Civil Veterinary Department. Madras. Admin. report 1926-33 - 1926-1933
Year: 1926
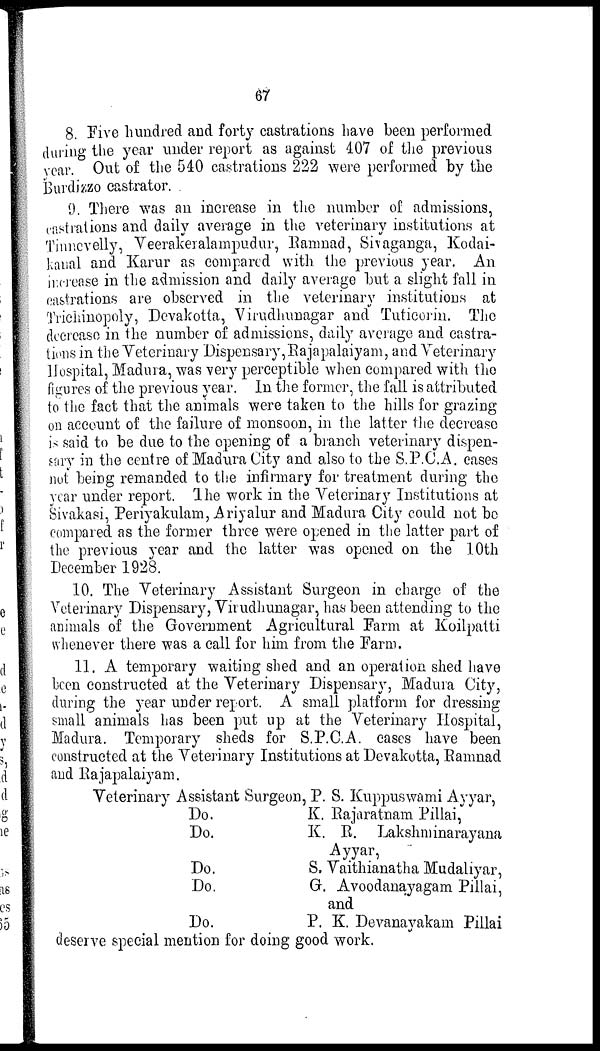
67
8. Five hundred and forty castrations have been performed
during the year under report as against 407 of the previous
year. Out of the 540 castrations 222 were performed by the
Burdizzo castrator.
9. There was an increase in the number of admissions,
castrations and daily average in the veterinary institutions at
Tinnevelly, Veerakeralampudur, Ramnad, Sivaganga, Kodai-
kaual and Karur as compared with the previous year. An
increase in the admission and daily average but a slight fall in
castrations are observed in the veterinary institutions at
Trichinopoly, Devakotta, Virudhunagar and Tuticorin. The
decrease in the number of admissions, daily average and castra-
tions in the Veterinary Dispensary, Rajapalaiyam, and Veterinary
Hospital, Madura, was very perceptible when compared with the
figures of the previous year. In the former, the fall is attributed
to the fact that the animals were taken to the hills for grazing
on account of the failure of monsoon, in the latter the decrease
is said to be due to the opening of a branch veterinary dispen-
sary in the centre of Madura City and also to the S.P.C.A. cases
not being remanded to the infirmary for treatment during the
year under report. The work in the Veterinary Institutions at
Sivakasi, Periyakulam, Ariyalur and Madura City could not be
compared as the former three were opened in the latter part of
the previous year and the latter was opened on the 10th
December 1928.
10. The Veterinary Assistant Surgeon in charge of the
Veterinary Dispensary, Virudhunagar, has been attending to the
animals of the Government Agricultural Farm at Koilpatti
whenever there was a call for him from the Farm.
11. A temporary waiting shed and an operation shed have
been constructed at the Veterinary Dispensary, Madura City,
during the year under report. A small platform for dressing
small animals has been put up at the Veterinary Hospital,
Madura. Temporary sheds for S.P.C.A. cases have been
constructed at the Veterinary Institutions at Devakotta, Ramnad
and Rajapalaiyam.
Veterinary Assistant Surgeon, P. S. Kuppuswami Ayyar,
Do.
Do.
Do.
Do.
Do.
K. Rajaratnam Pillai,
K. R. Lakshminarayana
Ayyar,
S. Vaithianatha Mudaliyar,
G. Avoodanayagam Pillai,
and
P. K Devanayakam Pillai
deserve special mention for doing good work.